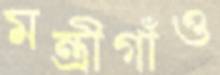
মন্ত্রীগাঁও